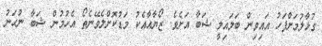
ގުޅާލުމަށްފަހު އައިވިން ބަލައިލީ ޝަބާ އަށެވެ. ޒޯޔާއާއެކު މަޑުކޮށްލެވޭނެތޯ އެހުމުން ޝަބާ ނުހަނު